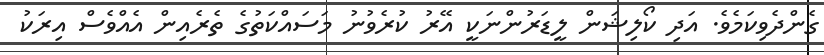
ގެންދެވިކަމެވެ. އަދި ކޯލިޝަން ލީޑަރުންނަކީ އޭރު ކުރެވުނު މަސައްކަތުގެ ތެރެއިން އެއްވެސް އިރަކު